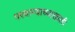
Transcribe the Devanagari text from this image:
परवान्याच्याखाली